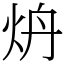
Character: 炿